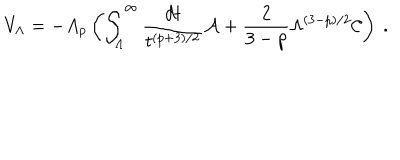
V _ { \Lambda } = - A _ { p } \left( \int _ { \Lambda } ^ { \infty } { \frac { d t } { t ^ { ( p + 3 ) / 2 } } } { \cal A } + { \frac { 2 } { 3 - p } } \Lambda ^ { ( 3 - p ) / 2 } { \cal C } \right) \ .